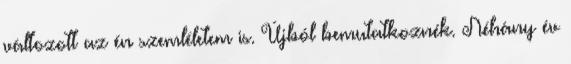
változott az én szemléletem is. Újból bemutatkoznék. Néhány év